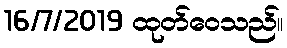
16/7/2019 ထုတ်ဝေသည်။